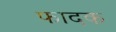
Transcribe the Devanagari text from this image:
फादक